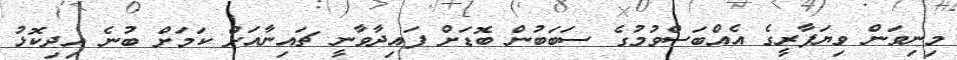
މިނިވަން ވިޔަފާރީގެ އެއްބަސްވުމުގެ ސަބަބުން ބޮޑަށް ފައިދާވާނީ ޗައިނާއަށް ކަމަށް ބުނެ އިދިކޮޅު